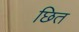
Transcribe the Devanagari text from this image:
छित